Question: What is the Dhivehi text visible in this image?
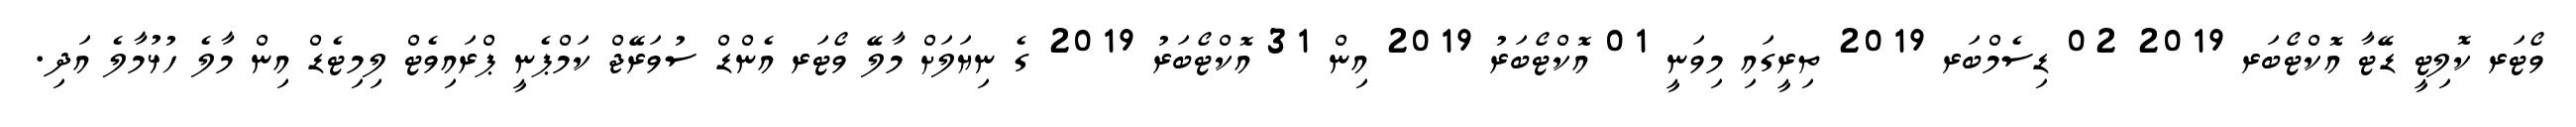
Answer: ވޯޓަރ ކޮލިޓީ ޑޭޓާ އޮކްޓޯބަރ 2019 02 ޑިސެމްބަރ 2019 ތިރީގައި މިވަނީ 01 އޮކްޓޯބަރު 2019 އިން 31 އޮކްޓޯބަރު 2019 ގެ ނިޔަލަށް މާލޭ ވޯޓަރ އެންޑް ސުވަރޭޖް ކަމްޕެނީ ޕްރައިވެޓް ލިމިޓެޑް އިން މާލެ ހުޅުމާލެ އަދި.